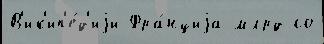
В'ик'ип'е́д'иjи Фра́нциjа млрд со